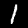
Digit: 1